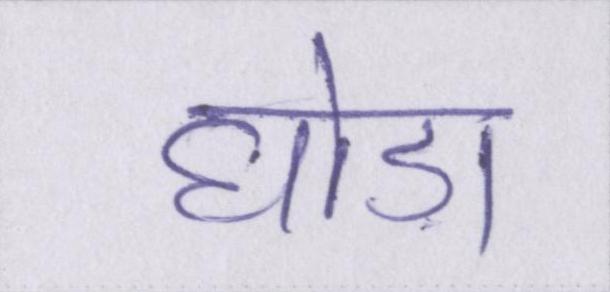
घोड़ा